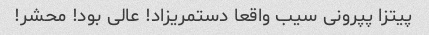
پیتزا پپرونی سیب واقعا دستمریزاد! عالی بود! محشر!